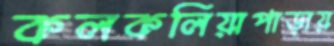
কলকলিয়াপাড়ায়